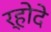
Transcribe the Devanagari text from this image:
र्होदे